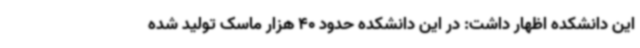
این دانشکده اظهار داشت: در این دانشکده حدود 40 هزار ماسک تولید شده